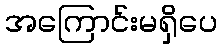
အကြောင်းမရှိပေ